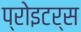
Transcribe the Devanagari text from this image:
प्रोइटर्स